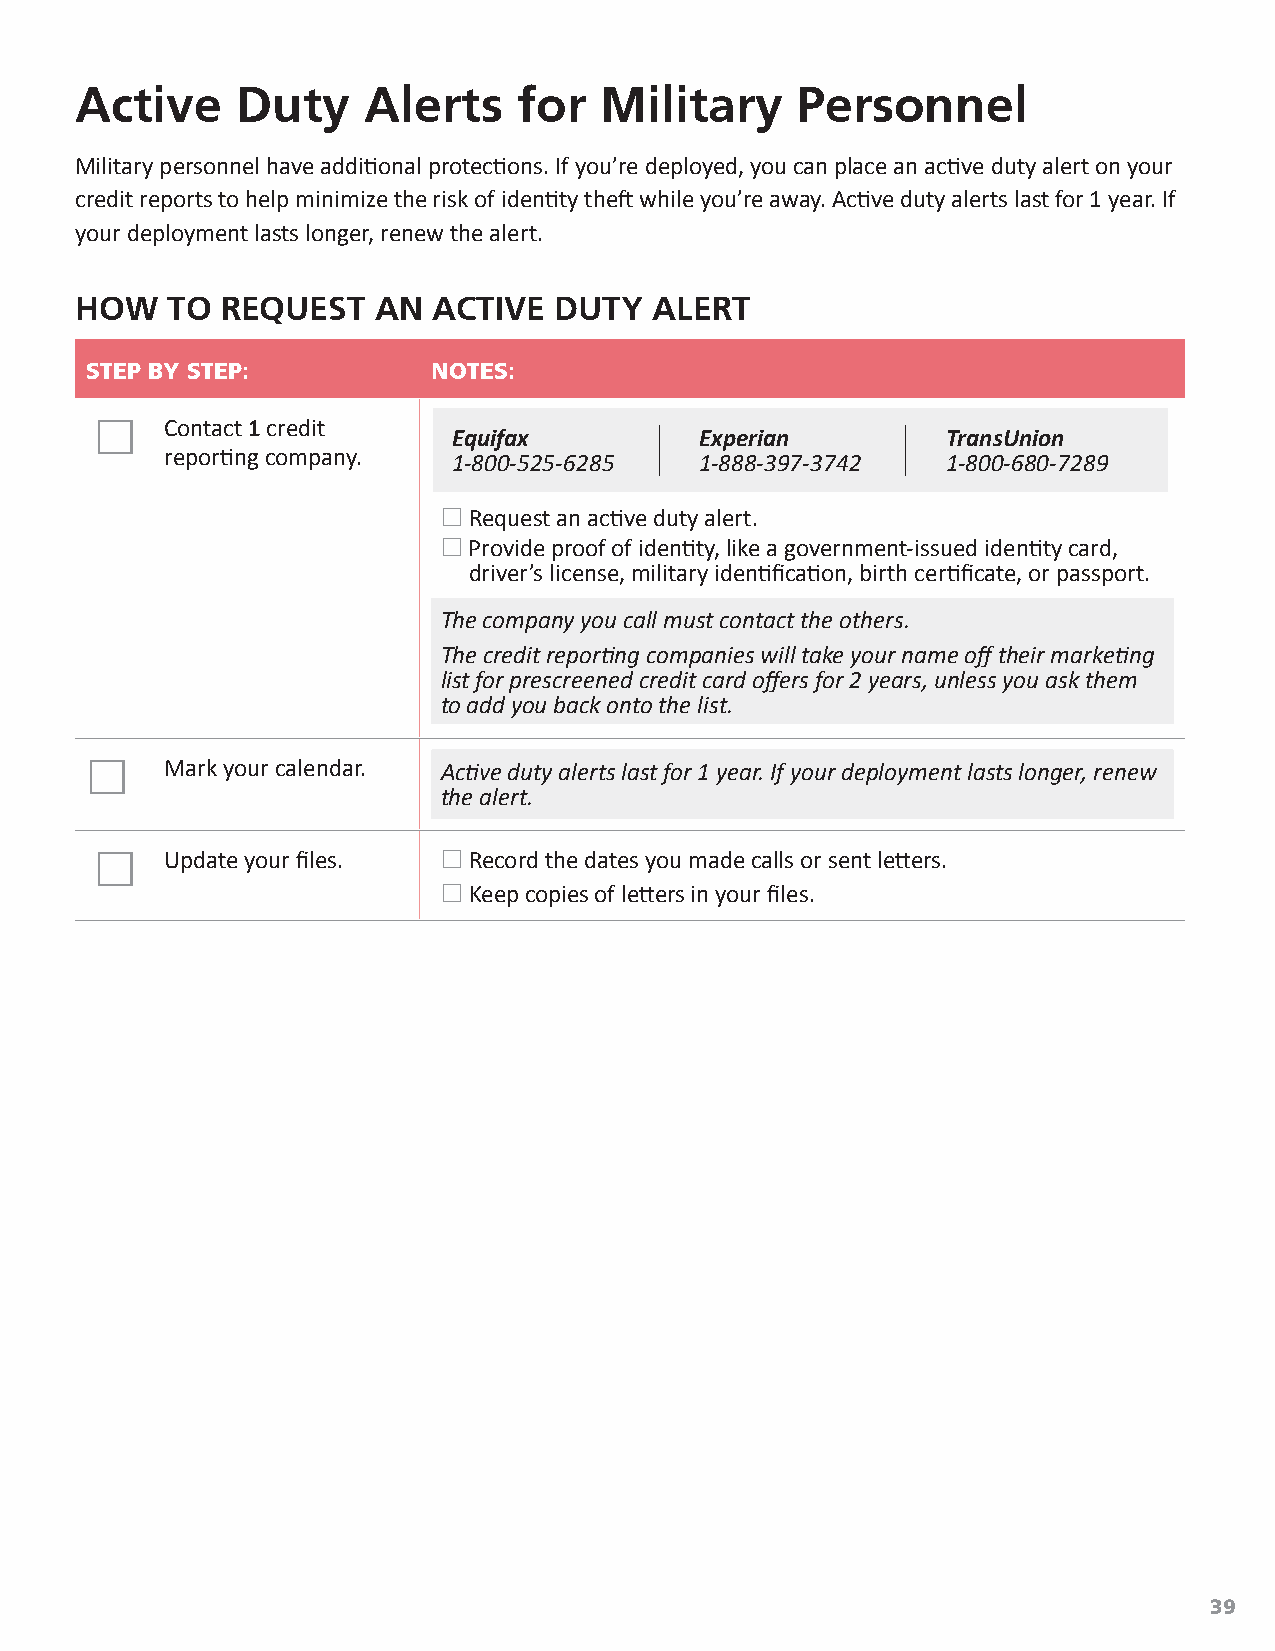
Active     Duty    Alerts    for   Military     Personnel
 Military personnel have additional protections. If you’re deployed, you can place an active duty alert on your
 credit reports to help minimize the risk of identity theft while you’re away. Active duty alerts last for 1 year. If
 your deployment lasts longer, renew the alert.
 HOW   TO  REQUEST   AN  ACTIVE  DUTY  ALERT
 STEP BY STEP:          NOTES:
     Contact 1 credit
 Equifax         Experian         TransUnion
 reporting company. 1‑800‑525‑6285  1‑888‑397‑3742   1‑800‑680‑7289
  Request an active duty alert.
  Provide proof of identity, like a government-issued identity card,
 driver’s license, military identification, birth certificate, or passport.
 The company you call must contact the others.
 The credit reporting companies will take your name off their marketing
 list for prescreened credit card offers for 2 years, unless you ask them
 to add you back onto the list.
     Mark your calendar. Active duty alerts last for 1 year. If your deployment lasts longer, renew
 the alert.
     Update your files.  Record the dates you made calls or sent letters.
  Keep copies of letters in your files.
 39